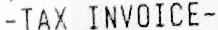
-TAX INVOICE-